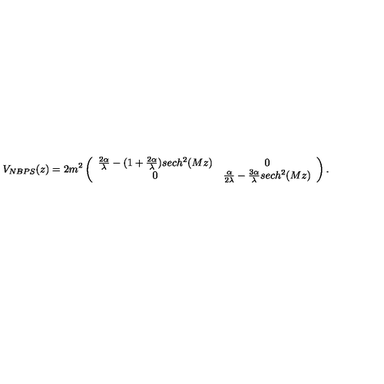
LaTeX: V _ { N B P S } ( z ) = 2 m ^ { 2 } \left( \begin{array} { c c } { \frac { 2 \alpha } { \lambda } - ( 1 + \frac { 2 \alpha } { \lambda } ) s e c h ^ { 2 } ( M z ) } & { 0 } \\ { 0 } & { \frac { \alpha } { 2 \lambda } - \frac { 3 \alpha } { \lambda } s e c h ^ { 2 } ( M z ) } \\ \end{array} \right) .